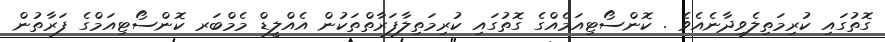
ގޮތުގައި ކުރިމަތިލެވިދާނެއެވެ . ކޮންސޯޓިއަމެއްގެ ގޮތުގައި ކުރިމަތިލާފަރާތްތަކުން އެއްލީޑް މެމްބަރ ކޮންސޯޓިއަމްގެ ފަރާތުން